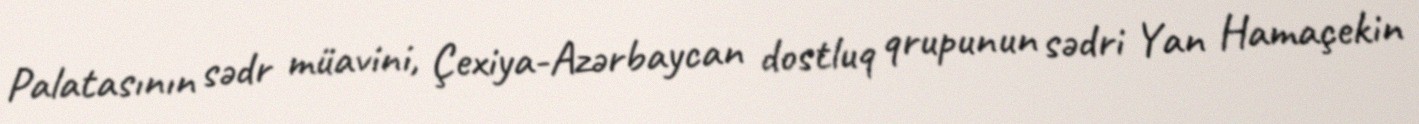
Palatasının sədr müavini, Çexiya-Azərbaycan dostluq qrupunun sədri Yan Hamaçekin